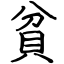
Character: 貧